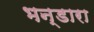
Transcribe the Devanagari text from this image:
भन्डारा